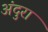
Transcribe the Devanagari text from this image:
अंदुरा